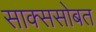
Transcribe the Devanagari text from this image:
साक्ससोबत